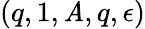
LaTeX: (q,1,\mathit{A},q,\epsilon)